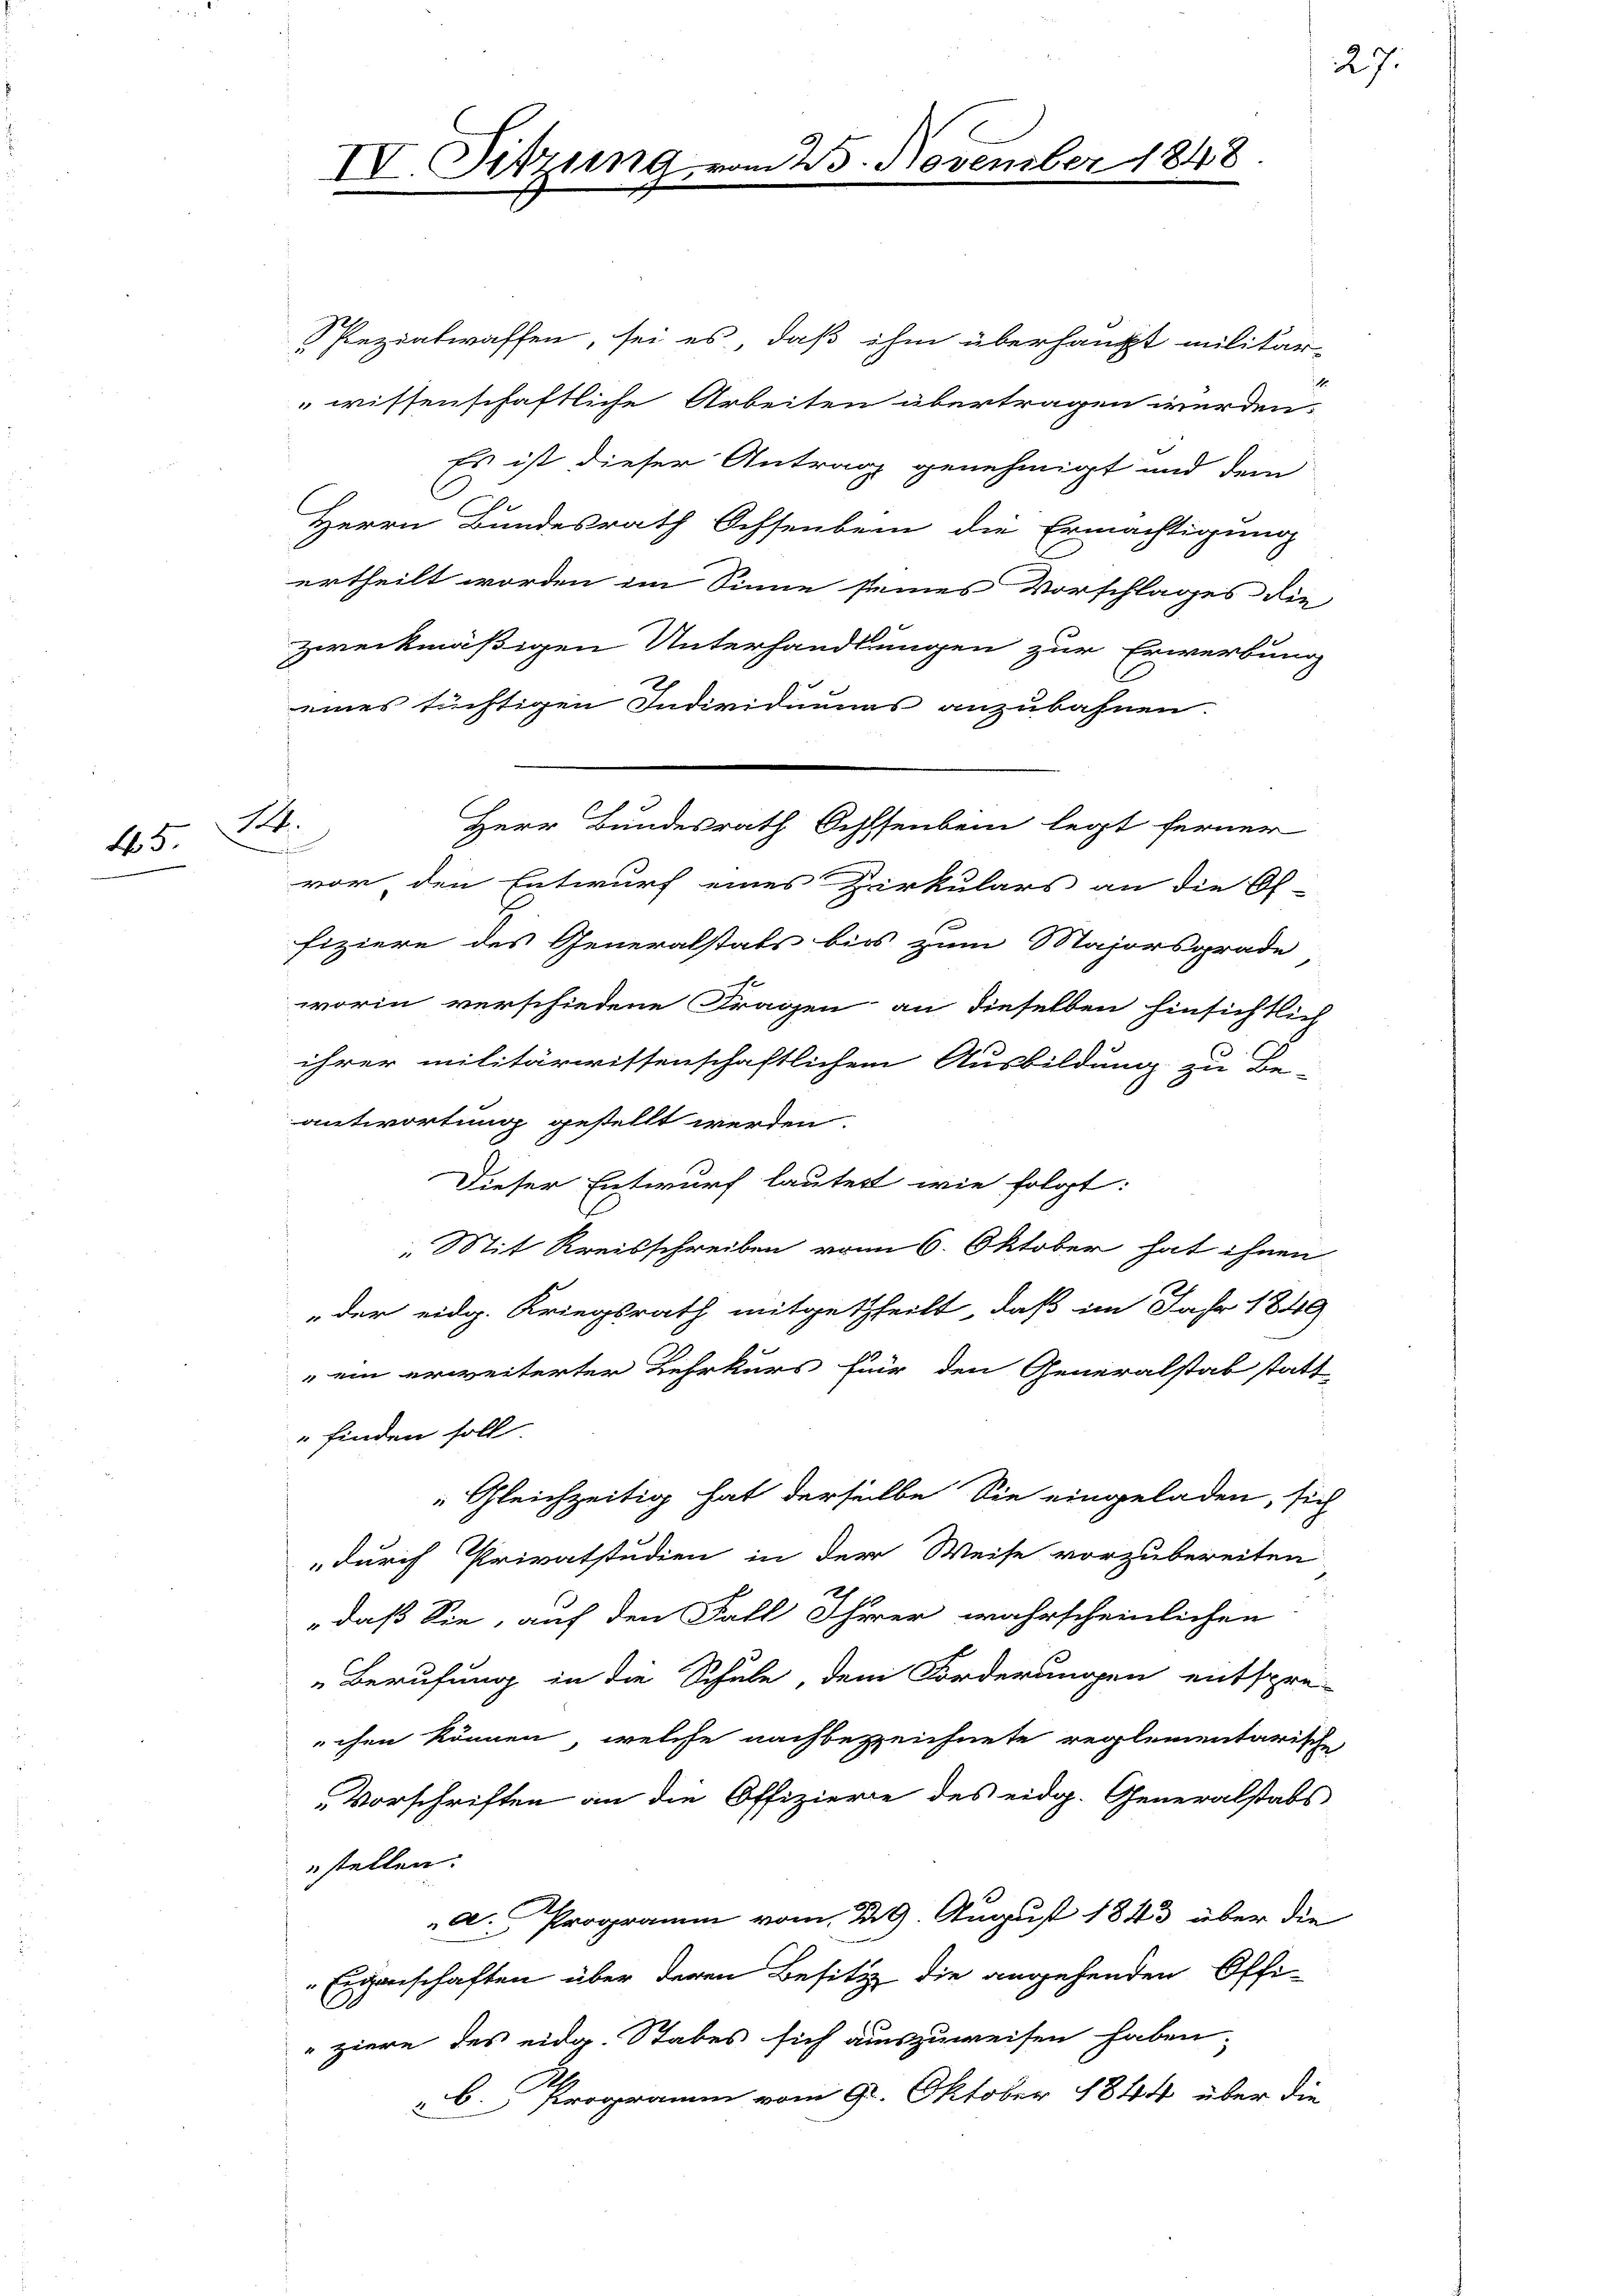
15.

n Ferne

Pezialwaffen, sei es, daß ihm überhaupt militär-
wissenschaftliche Arbeiten übertragen werden.
Es ist dieser Antrag genehmigt und dem
Herrn Bundesrath Ochsenbein die Ermächtigung
ertheilt worden im Sinne seines Vorschlages die
zweckmäßigen Unterhandlungen zur Erwerbung
eines tüchtigen Individuums anzubahnen.
vor, den Entwurf eines Zirkulars an die Of-
fiziere des Generalstats bis zum Majorsgrade
worin verschiedene Fragen an dieselben hinsichtlich
ihrer militärwissenschaftlichem Ausbildung zu Be-
antwortung gestellt werden.
Dieser Entwurf lautert wie folgt:
„Mit Kreisschreiben vom 6. Oktober hat ihnen
der eidg. Kriegsrath mitgetheilt, daß im Jahr 1849
"ein erweiterter Lehrkurs für den Generalstab statt-
finden soll.
Gleichzeitig hat derselbe Sie eingeladen, sich
durch Privatstudien in der Weise vorzubereiten
daß Sie, auf den Fall Ihrer wahrscheinlichen
Berufung in die Schule, dem Forderungen entspre-
chen können, welche nachbezzeichnete reglementarische
Vorschriften an die Offiziere des eidg. Generalstabs
stellen.
A. Programm vom 29. August 1843 über die
Eigenschaften über deren Besitz die angehenden Offi-
ziere des eidg. Stabes sich auszuweisen haben.
.
b. Programm vom 9. Oktober 1844 über die

14.

IV. Sitzung.

Herr Bundesrath Ochsenbein legt ferner

25. November 1848

27.